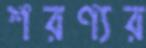
শরণ্যর